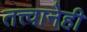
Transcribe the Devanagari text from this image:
तत्त्वानेही